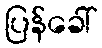
ပြန်ခေါ်